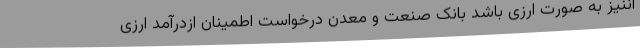
آننیز به صورت ارزی باشد بانک صنعت و معدن درخواست اطمینان ازدرآمد ارزی